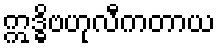
ဣဒ္ဓိဗဟုလီကတာယ